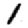
Digit: 1